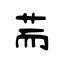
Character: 荋